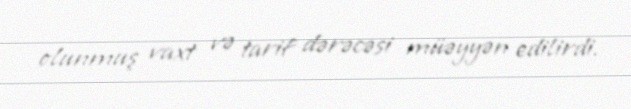
olunmuş vaxt və tarif dərəcəsi müəyyən edilirdi.